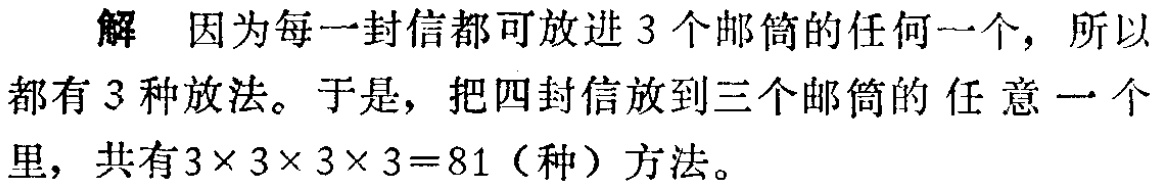
解 因为每一封信都可放进 3 个邮筒的任何一个, 所以

都有 3 种放法。于是, 把四封信放到三个邮筒的 任 意 一 个

里, 共有\(3\times 3\times 3\times 3 = 81\)（种）方法。